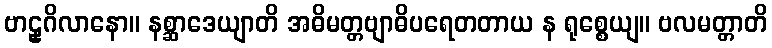
ဗာဠှဂိလာနော။ နစ္ဆာဒေယျာတိ အဓိမတ္တဗျာဓိပရေတတာယ န ရုစ္စေယျ။ ဗလမတ္တာတိ